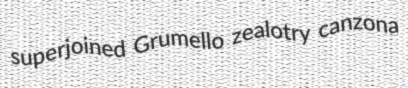
superjoined Grumello zealotry canzona